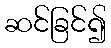
ဆင်ခြင်၍